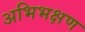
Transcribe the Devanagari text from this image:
अभिभक्षण